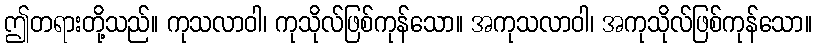
ဤတရားတို့သည်။ ကုသလာဝါ၊ ကုသိုလ်ဖြစ်ကုန်သော။ အကုသလာဝါ၊ အကုသိုလ်ဖြစ်ကုန်သော။